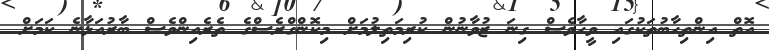
އޮތް އިންތިހާބުތަކުގައި ވީހާވެސް ގިނަ ޒުވާނުން ކުރިމަތިލުމަށް މިކޮންގްރެސްގެ ތެރެއިންވެސް ބާރުއަޅާނެ ކަމަށް